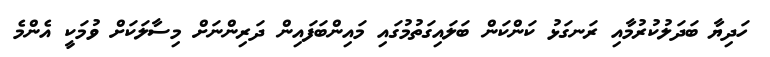
ހަދިޔާ ބަދަލުކުރުމާއި ރަނގަޅު ކަންކަން ބަލައިގަތުމުގައި މައިންބަފައިން ދަރިންނަށް މިސާލަކަށް ވުމަކީ އެންމެ